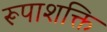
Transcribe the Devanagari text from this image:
रूपाशक्ति